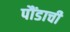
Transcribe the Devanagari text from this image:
पौंडाची